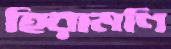
হিরামণি